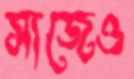
সাজেও